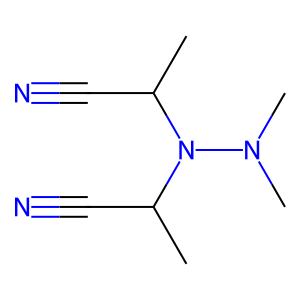
SMILES: CC(C#N)N(C(C)C#N)N(C)C
Inhibits HIV replication: No